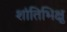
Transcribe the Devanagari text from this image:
शांतिभिक्षु